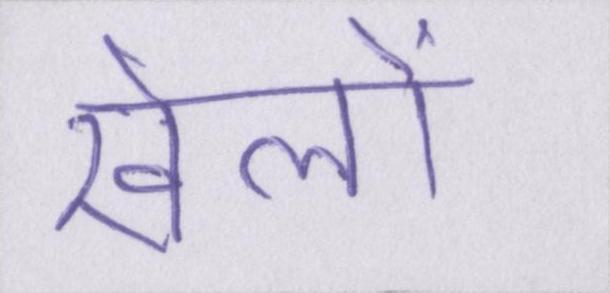
खेलों